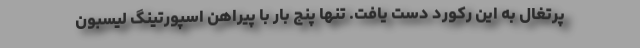
پرتغال به این رکورد دست یافت. تنها پنج بار با پیراهن اسپورتینگ لیسبون